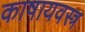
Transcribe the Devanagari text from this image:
काषायवस्त्र